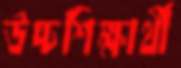
উচ্চশিক্ষার্থী